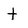
Character: t